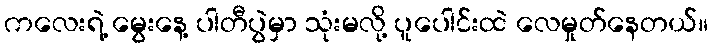
ကလေးရဲ့ မွေးနေ့ ပါတီပွဲမှာ သုံးမလို့ ပူပေါင်းထဲ လေမှုတ်နေတယ်။